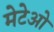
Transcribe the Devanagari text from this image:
मेटेओ